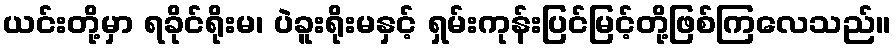
ယင်းတို့မှာ ရခိုင်ရိုးမ၊ ပဲခူးရိုးမနှင့် ရှမ်းကုန်းပြင်မြင့်တို့ဖြစ်ကြလေသည်။